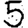
Digit: 5